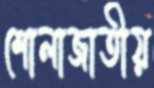
শোলাজাতীয়